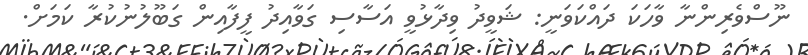
ނޫސްވެރިންނާ ވާހަކަ ދައްކަވަނީ: ޝަވީދު ވިދާޅުވީ އަސާސި ގަވާއިދު ފީފާއިން ގަބޫލުނުކުރާ ކަމަށް.